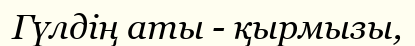
Гүлдің аты - қырмызы,